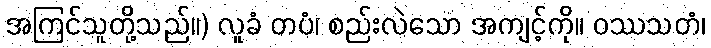
အကြင်သူတို့သည်။) လူခံ တပံ၊ စည်းလဲသော အကျင့်ကို။ ဝဿသတံ၊